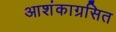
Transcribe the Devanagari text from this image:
आशंकाग्रसित